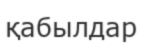
қабылдар